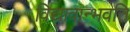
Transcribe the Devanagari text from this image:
विद्यावान्भवति